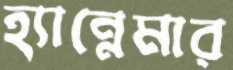
হ্যান্নেমার